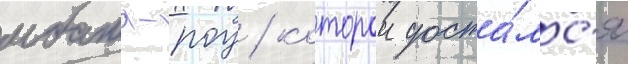
мбата-роу / которои доста́лс'я